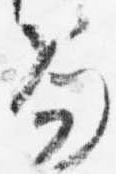
笏